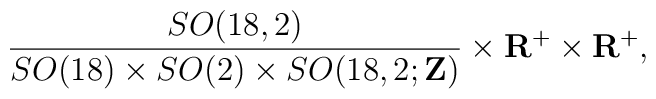
\frac{SO(18,2)}{SO(18)\times SO(2)\times SO(18,2;{\bf Z})}\times{\bf R}^+\times{\bf R}^+,